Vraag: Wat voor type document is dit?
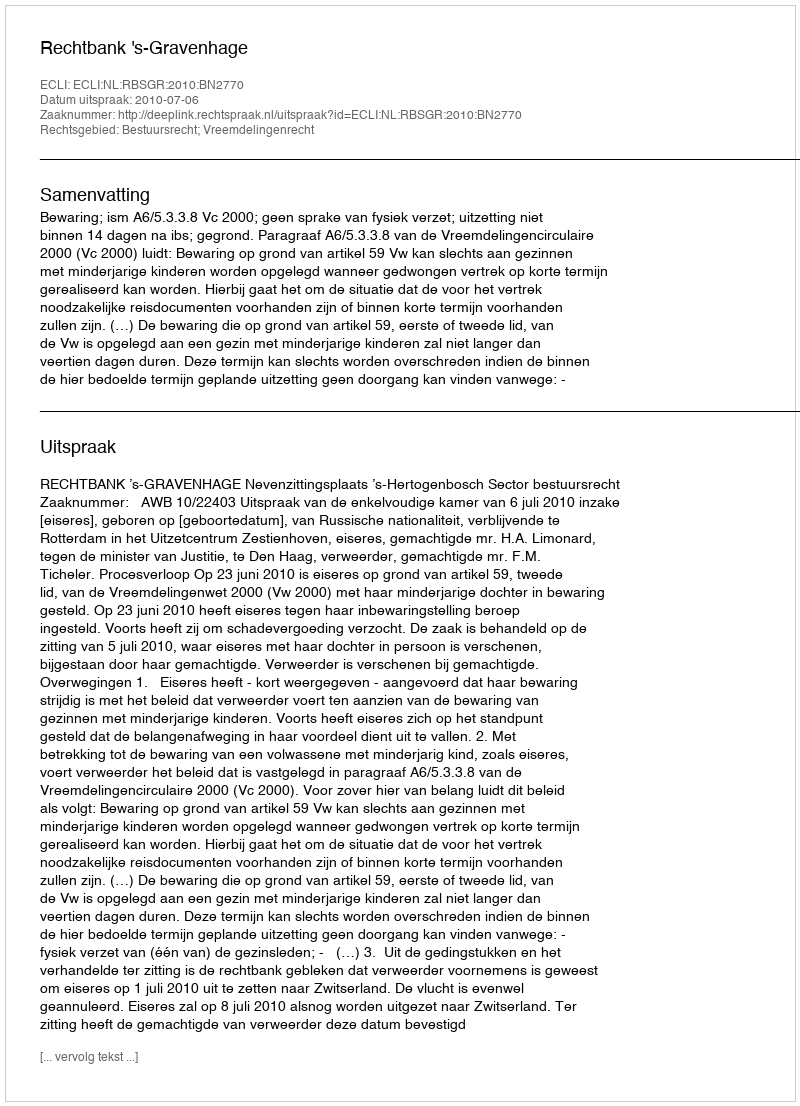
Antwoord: Uitspraak